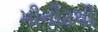
મીનીટથી